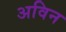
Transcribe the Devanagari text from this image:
अविन